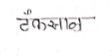
मजकूर: टैंकसाळ